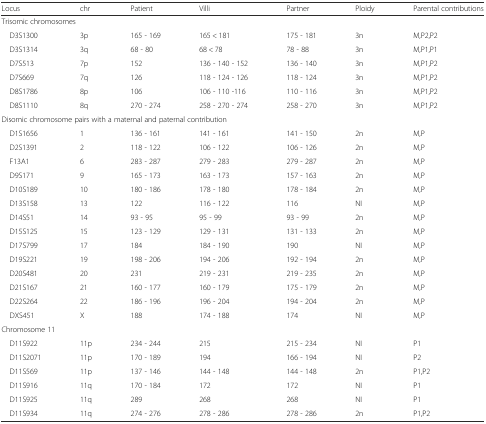
<table><thead><tr><td><b>Locus</b></td><td><b>chr</b></td><td><b>Patient</b></td><td><b>Villi</b></td><td><b>Partner</b></td><td><b>Ploidy</b></td><td><b>Parental contributions</b></td></tr></thead><tbody><tr><td colspan="7">Trisomic chromosomes</td></tr><tr><td> D3S1300</td><td>3p</td><td>165 - 169</td><td>165 &lt; 181</td><td>175 - 181</td><td>3n</td><td>M,P2,P2</td></tr><tr><td> D3S1314</td><td>3q</td><td>68 - 80</td><td>68 &lt; 78</td><td>78 - 88</td><td>3n</td><td>M,P1,P1</td></tr><tr><td> D7S513</td><td>7p</td><td>152</td><td>136 - 140 - 152</td><td>136 - 140</td><td>3n</td><td>M,P1,P2</td></tr><tr><td> D7S669</td><td>7q</td><td>126</td><td>118 - 124 - 126</td><td>118 - 124</td><td>3n</td><td>M,P1,P2</td></tr><tr><td> D8S1786</td><td>8p</td><td>106</td><td>106 - 110 -116</td><td>110 - 116</td><td>3n</td><td>M,P1,P2</td></tr><tr><td> D8S1110</td><td>8q</td><td>270 - 274</td><td>258 - 270 - 274</td><td>258 - 270</td><td>3n</td><td>M,P1,P2</td></tr><tr><td colspan="7">Disomic chromosome pairs with a maternal and paternal contribution</td></tr><tr><td> D1S1656</td><td>1</td><td>136 - 161</td><td>141 - 161</td><td>141 - 150</td><td>2n</td><td>M,P</td></tr><tr><td> D2S1391</td><td>2</td><td>118 - 122</td><td>106 - 122</td><td>106 - 126</td><td>2n</td><td>M,P</td></tr><tr><td> F13A1</td><td>6</td><td>283 - 287</td><td>279 - 283</td><td>279 - 287</td><td>2n</td><td>M,P</td></tr><tr><td> D9S171</td><td>9</td><td>165 - 173</td><td>163 - 173</td><td>157 - 163</td><td>2n</td><td>M,P</td></tr><tr><td> D10S189</td><td>10</td><td>180 - 186</td><td>178 - 180</td><td>178 - 184</td><td>2n</td><td>M,P</td></tr><tr><td> D13S158</td><td>13</td><td>122</td><td>116 - 122</td><td>116</td><td>NI</td><td>M,P</td></tr><tr><td> D14S51</td><td>14</td><td>93 - 95</td><td>95 - 99</td><td>93 - 99</td><td>2n</td><td>M,P</td></tr><tr><td> D15S125</td><td>15</td><td>123 - 129</td><td>129 - 131</td><td>131 - 133</td><td>2n</td><td>M,P</td></tr><tr><td> D17S799</td><td>17</td><td>184</td><td>184 - 190</td><td>190</td><td>NI</td><td>M,P</td></tr><tr><td> D19S221</td><td>19</td><td>198 - 206</td><td>194 - 206</td><td>192 - 194</td><td>2n</td><td>M,P</td></tr><tr><td> D20S481</td><td>20</td><td>231</td><td>219 - 231</td><td>219 - 235</td><td>2n</td><td>M,P</td></tr><tr><td> D21S167</td><td>21</td><td>160 - 177</td><td>160 - 179</td><td>175 - 179</td><td>2n</td><td>M,P</td></tr><tr><td> D22S264</td><td>22</td><td>186 - 196</td><td>196 - 204</td><td>194 - 204</td><td>2n</td><td>M,P</td></tr><tr><td> DXS451</td><td>X</td><td>188</td><td>174 - 188</td><td>174</td><td>NI</td><td>M,P</td></tr><tr><td colspan="7">Chromosome 11</td></tr><tr><td> D11S922</td><td>11p</td><td>234 - 244</td><td>215</td><td>215 - 234</td><td>NI</td><td>P1</td></tr><tr><td> D11S2071</td><td>11p</td><td>170 - 189</td><td>194</td><td>166 - 194</td><td>NI</td><td>P2</td></tr><tr><td> D11S569</td><td>11p</td><td>137 - 146</td><td>144 - 148</td><td>144 - 148</td><td>2n</td><td>P1,P2</td></tr><tr><td> D11S916</td><td>11q</td><td>170 - 184</td><td>172</td><td>172</td><td>NI</td><td>P1</td></tr><tr><td> D11S925</td><td>11q</td><td>289</td><td>268</td><td>268</td><td>NI</td><td>P1</td></tr><tr><td> D11S934</td><td>11q</td><td>274 - 276</td><td>278 - 286</td><td>278 - 286</td><td>2n</td><td>P1,P2</td></tr></tbody></table>